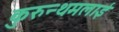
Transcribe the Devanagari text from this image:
कुरुन्थमलाई